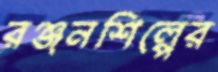
রঞ্জনশিল্পের